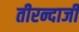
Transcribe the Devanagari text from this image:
तीरन्दाजी